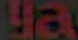
Ha